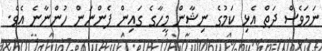
ނަމަވެސް ދަތް އެޅި ކަމުގެ ނިޝާން މީހާގެ ގައިން ފެންނަން ހުންނާނެ އެވެ.